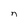
Character: n